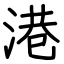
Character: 港